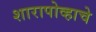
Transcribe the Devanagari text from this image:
शारापोव्हाचे